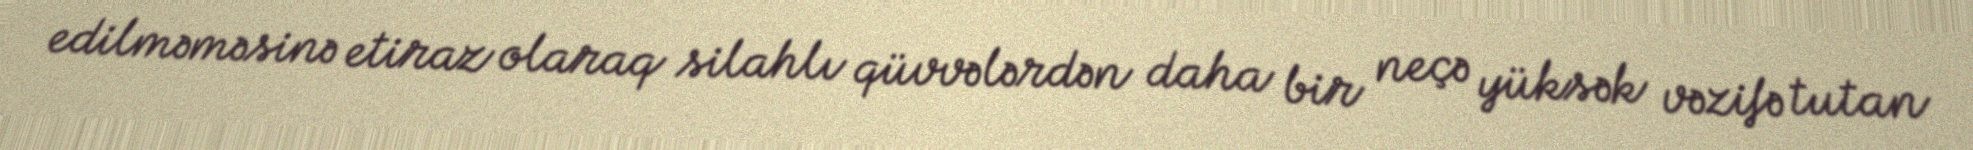
edilməməsinə etiraz olaraq silahlı qüvvələrdən daha bir neçə yüksək vəzifə tutan